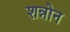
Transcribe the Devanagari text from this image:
शन्नोन